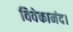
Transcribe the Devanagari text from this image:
विवेकानंद।